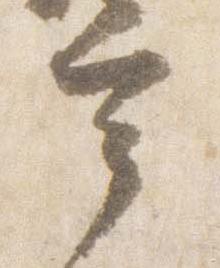
宰